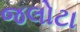
જલોટા